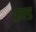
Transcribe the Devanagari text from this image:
फ़ल्ड